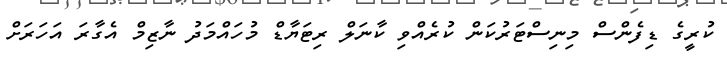
ކުރީގެ ޑިފެންސް މިނިސްޓަރުކަން ކުރެއްވި ކާނަލް ރިޓަޔާޑް މުހައްމަދު ނާޒިމް އެގާރަ އަހަރަށް